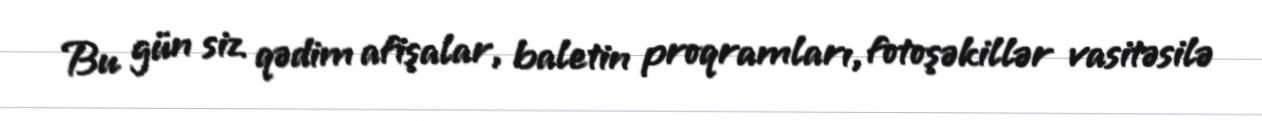
Bu gün siz qədim afişalar, baletin proqramları, fotoşəkillər vasitəsilə